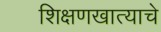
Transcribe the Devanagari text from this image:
शिक्षणखात्याचे